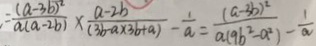
= \frac { ( a - 3 b ) ^ { 2 } } { a ( a - 2 b ) } \times \frac { a - 2 b } { ( 3 a \times 2 b + a ) } - \frac { 1 } { a } = \frac { ( a - 3 b ) ^ { 2 } } { a ( 9 b ^ { 2 } - a ^ { 2 } ) } - \frac { 1 } { a }